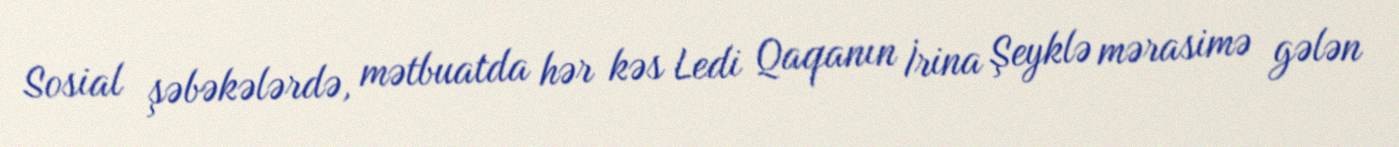
Sosial şəbəkələrdə, mətbuatda hər kəs Ledi Qaqanın İrina Şeyklə mərasimə gələn